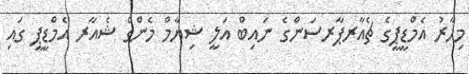
މިހާރު އެމްޑީޕީގެ ޗެއާރޕާރސަންގެ ނައިބް އަލީ ޝިޔާމް މެންގެ ޝެއާރ އެމްޑީޕީ ގައި